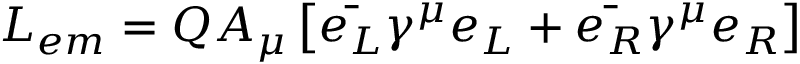
{ \cal { L } } _ { e m } = Q A _ { \mu } \left[ \bar { e _ { L } } \gamma ^ { \mu } e _ { L } + \bar { e _ { R } } \gamma ^ { \mu } e _ { R } \right]